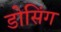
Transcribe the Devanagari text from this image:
डोसिंग